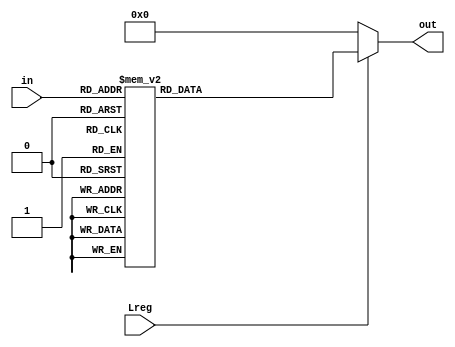
`timescale 1ns / 1ps
//////////////////////////////////////////////////////////////////////////////////
// Company: 
// Engineer: 
// 
// Design Name: 
// Module Name:    DECODER_3_8_REG_BANK 
// Project Name: 
// Target Devices: 
// Tool versions: 
// Description: 
//
// Dependencies: 
//
// Revision: 
// Revision 0.01 - File Created
// Additional Comments: 
//
//////////////////////////////////////////////////////////////////////////////////
module DECODER_3_8_REG_BANK(in,out,Lreg);
	input[2:0] in;
	input Lreg;
	output[7:0] out;
	reg[7:0] out;
	always@(in or Lreg)
	begin
		if(Lreg)
		begin
			casex(in)
				3'b011:out=8'b00001000;
				3'b100:out=8'b00010000;
				3'b101:out=8'b00100000;
				3'b110:out=8'b01000000;
				3'b111:out=8'b10000000;
				3'b000:out=8'b00000001;
				3'b001:out=8'b00000010;
				3'b010:out=8'b00000100;
			endcase
		end
		else out=8'b00000000;
	end
endmodule